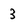
Character: 3